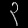
Digit: ၃